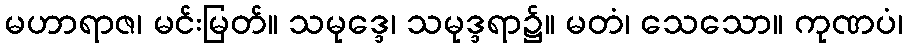
မဟာရာဇ၊ မင်းမြတ်။ သမုဒ္ဒေ၊ သမုဒ္ဒရာ၌။ မတံ၊ သေသော။ ကုဏပံ၊